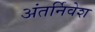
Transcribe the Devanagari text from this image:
अंतर्निवेश